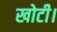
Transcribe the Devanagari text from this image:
खोटी।